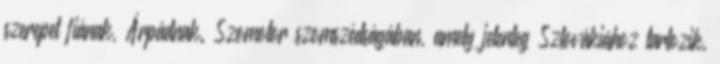
szerepet fiának, Árpádnak. Szomotor szomszédságában, amely jelenleg Szlovákiához tartozik,